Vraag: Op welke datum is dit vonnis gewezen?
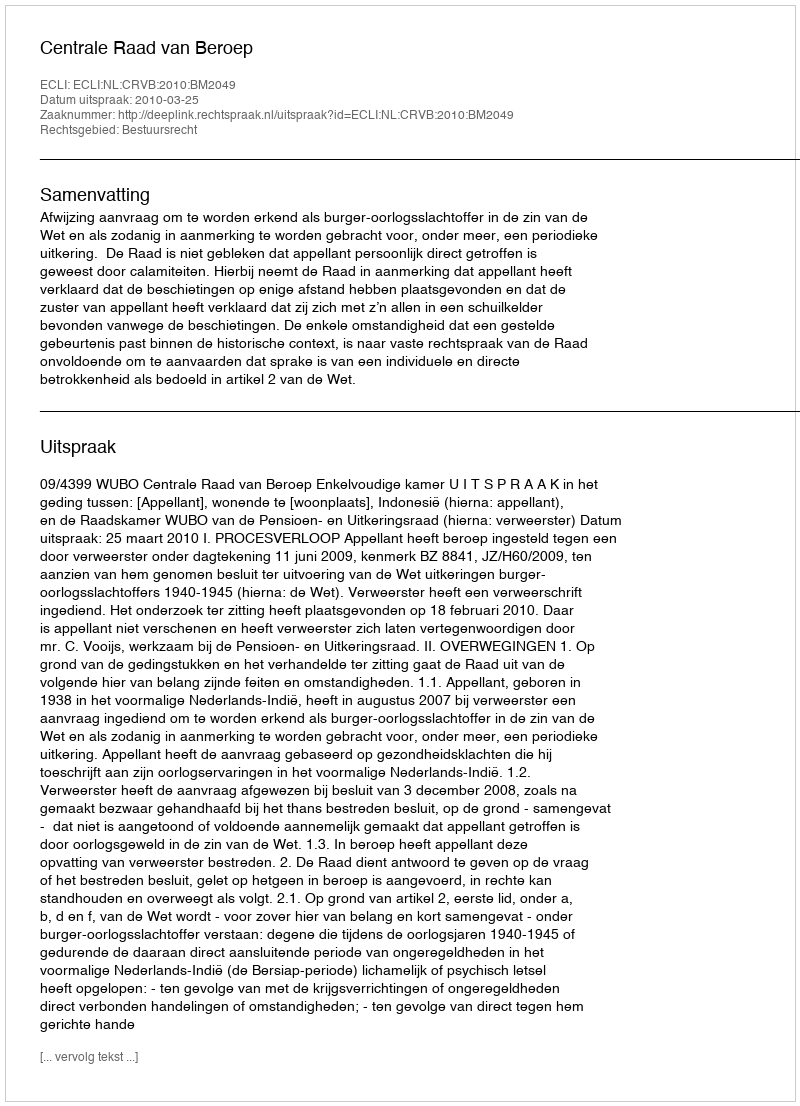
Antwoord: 2010-03-25